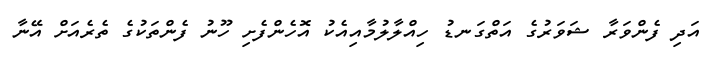
އަދި ފެންވަރާ ޝަވަރުގެ އަތްގަނޑު ހިއްލާލުމާއިއެކު އޮހެންފެށި ހޫނު ފެންތަކުގެ ތެރެއަށް އޭނާ